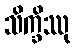
သိက္ခိဿု